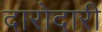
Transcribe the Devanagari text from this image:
दारोदारी